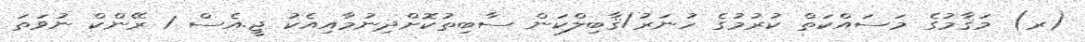
(ރ) މަޤާމުގެ މަސައްކަތް ކުރުމުގެ ހުނަރު/ޤާބިލްކަން ސާބިތުކޮށްދިނުމާއިއެކު ޖީ.އެސް 1 ރޭންކް ނުވަތަ